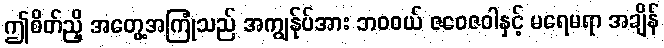
ဤစိတ်ညှိ အတွေ့အကြုံသည် အကျွန်ုပ်အား ဘဝဝယ် ဇဝေဇဝါနှင့် မရေမရာ အချိန်